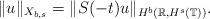
\begin{align*} \|u\|_{X_{b,s}}=\|S(-t)u\|_{H^b(\mathbb{R},H^s(\mathbb{T}))}.\end{align*}